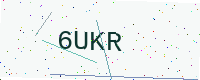
Text: 6UKR